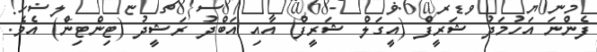
ފެންނަ އަހުމަދު ޝަރީފް (އީގަލް ޝަރީފް) އާއި އަބްދު ރަޝީދު (ޓިންޓިން) އެވެ.